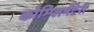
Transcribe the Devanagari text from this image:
कोम्प्लिमेंटेरी